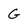
Character: G